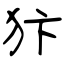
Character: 犿